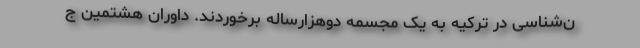
ن‌شناسی در ترکیه به یک مجسمه دوهزارساله برخوردند. داوران هشتمین ج